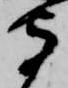
守